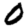
Digit: 0